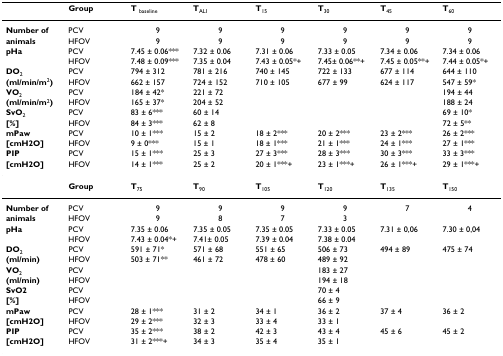
<table><thead><tr><td></td><td><b>Group</b></td><td><b>T <sub>baseline</sub></b></td><td><b>T<sub>ALI</sub></b></td><td><b>T<sub>15</sub></b></td><td><b>T<sub>30</sub></b></td><td><b>T<sub>45</sub></b></td><td><b>T<sub>60</sub></b></td></tr></thead><tbody><tr><td><b>Number of</b></td><td>PCV</td><td>9</td><td>9</td><td>9</td><td>9</td><td>9</td><td>9</td></tr><tr><td><b>animals</b></td><td>HFOV</td><td>9</td><td>9</td><td>9</td><td>9</td><td>9</td><td>9</td></tr><tr><td><b>pHa</b></td><td>PCV</td><td>7.45 ± 0.06***</td><td>7.32 ± 0.06</td><td>7.31 ± 0.06</td><td>7.33 ± 0.05</td><td>7.34 ± 0.06</td><td>7.34 ± 0.06</td></tr><tr><td></td><td>HFOV</td><td>7.48 ± 0.09***</td><td>7.35 ± 0.04</td><td>7.43 ± 0.05*+</td><td>7.45± 0.06**+</td><td>7.45 ± 0.05**+</td><td>7.44 ± 0.05*+</td></tr><tr><td><b>DO</b><sub>2</sub></td><td>PCV</td><td>794 ± 312</td><td>781 ± 216</td><td>740 ± 145</td><td>722 ± 133</td><td>677 ± 114</td><td>644 ± 110</td></tr><tr><td><b>(ml/min/m</b><sup>2</sup><b>)</b></td><td>HFOV</td><td>662 ± 157</td><td>724 ± 152</td><td>710 ± 105</td><td>677 ± 99</td><td>624 ± 117</td><td>547 ± 59*</td></tr><tr><td><b>VO</b><sub>2</sub></td><td>PCV</td><td>184 ± 42*</td><td>221 ± 72</td><td></td><td></td><td></td><td>194 ± 44</td></tr><tr><td><b>(ml/min/m</b><sup>2</sup><b>)</b></td><td>HFOV</td><td>165 ± 37*</td><td>204 ± 52</td><td></td><td></td><td></td><td>188 ± 24</td></tr><tr><td><b>SvO</b><sub>2</sub></td><td>PCV</td><td>83 ± 6***</td><td>60 ± 14</td><td></td><td></td><td></td><td>69 ± 10*</td></tr><tr><td><b>[%]</b></td><td>HFOV</td><td>84 ± 3***</td><td>62 ± 8</td><td></td><td></td><td></td><td>72 ± 5**</td></tr><tr><td><b>mPaw</b></td><td>PCV</td><td>10 ± 1***</td><td>15 ± 2</td><td>18 ± 2***</td><td>20 ± 2***</td><td>23 ± 2***</td><td>26 ± 2***</td></tr><tr><td><b>[cmH2O]</b></td><td>HFOV</td><td>9 ± 0***</td><td>15 ± 1</td><td>18 ± 1***</td><td>21 ± 1***</td><td>24 ± 1***</td><td>27 ± 1***</td></tr><tr><td><b>PIP</b></td><td>PCV</td><td>15 ± 1***</td><td>25 ± 3</td><td>27 ± 3***</td><td>28 ± 3***</td><td>30 ± 3***</td><td>33 ± 3***</td></tr><tr><td><b>[cmH2O]</b></td><td>HFOV</td><td>14 ± 1***</td><td>25 ± 2</td><td>20 ± 1***+</td><td>23 ± 1***+</td><td>26 ± 1***+</td><td>29 ± 1***+</td></tr><tr><td></td><td><b>Group</b></td><td><b>T</b><sub>75</sub></td><td><b>T</b><sub>90</sub></td><td><b>T</b><sub>105</sub></td><td><b>T</b><sub>120</sub></td><td><b>T</b><sub>135</sub></td><td><b>T</b><sub>150</sub></td></tr><tr><td><b>Number of</b></td><td>PCV</td><td>9</td><td>9</td><td>9</td><td>9</td><td>7</td><td>4</td></tr><tr><td><b>animals</b></td><td>HFOV</td><td>9</td><td>8</td><td>7</td><td>3</td><td></td><td></td></tr><tr><td><b>pHa</b></td><td>PCV</td><td>7.35 ± 0.06</td><td>7.35 ± 0.05</td><td>7.35 ± 0.05</td><td>7.33 ± 0.05</td><td>7.31 ± 0,06</td><td>7.30 ± 0,04</td></tr><tr><td></td><td>HFOV</td><td>7.43 ± 0.04*+</td><td>7.41± 0.05</td><td>7.39 ± 0.04</td><td>7.38 ± 0.04</td><td></td><td></td></tr><tr><td><b>DO</b><sub>2</sub></td><td>PCV</td><td>591 ± 71*</td><td>571 ± 68</td><td>551 ± 65</td><td>506 ± 73</td><td>494 ± 89</td><td>475 ± 74</td></tr><tr><td><b>(ml/min)</b></td><td>HFOV</td><td>503 ± 71**</td><td>461 ± 72</td><td>478 ± 60</td><td>489 ± 92</td><td></td><td></td></tr><tr><td><b>VO</b><sub>2</sub></td><td>PCV</td><td></td><td></td><td></td><td>183 ± 27</td><td></td><td></td></tr><tr><td><b>(ml/min)</b></td><td>HFOV</td><td></td><td></td><td></td><td>194 ± 18</td><td></td><td></td></tr><tr><td><b>SvO2</b></td><td>PCV</td><td></td><td></td><td></td><td>70 ± 4</td><td></td><td></td></tr><tr><td><b>[%]</b></td><td>HFOV</td><td></td><td></td><td></td><td>66 ± 9</td><td></td><td></td></tr><tr><td><b>mPaw</b></td><td>PCV</td><td>28 ± 1***</td><td>31 ± 2</td><td>34 ± 1</td><td>36 ± 2</td><td>37 ± 4</td><td>36 ± 2</td></tr><tr><td><b>[cmH2O]</b></td><td>HFOV</td><td>29 ± 2***</td><td>32 ± 3</td><td>33 ± 4</td><td>33 ± 1</td><td></td><td></td></tr><tr><td><b>PIP</b></td><td>PCV</td><td>35 ± 2***</td><td>38 ± 2</td><td>42 ± 3</td><td>43 ± 4</td><td>45 ± 6</td><td>45 ± 2</td></tr><tr><td><b>[cmH2O]</b></td><td>HFOV</td><td>31 ± 2***+</td><td>34 ± 3</td><td>35 ± 4</td><td>35 ± 1</td><td></td><td></td></tr></tbody></table>